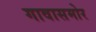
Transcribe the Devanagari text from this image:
गावासमोर